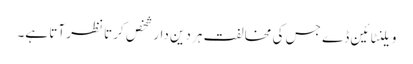
ویلنٹائین ڈے جس کی مخالفت ہر دین دار شخص کرتا نظر آتا ہے۔